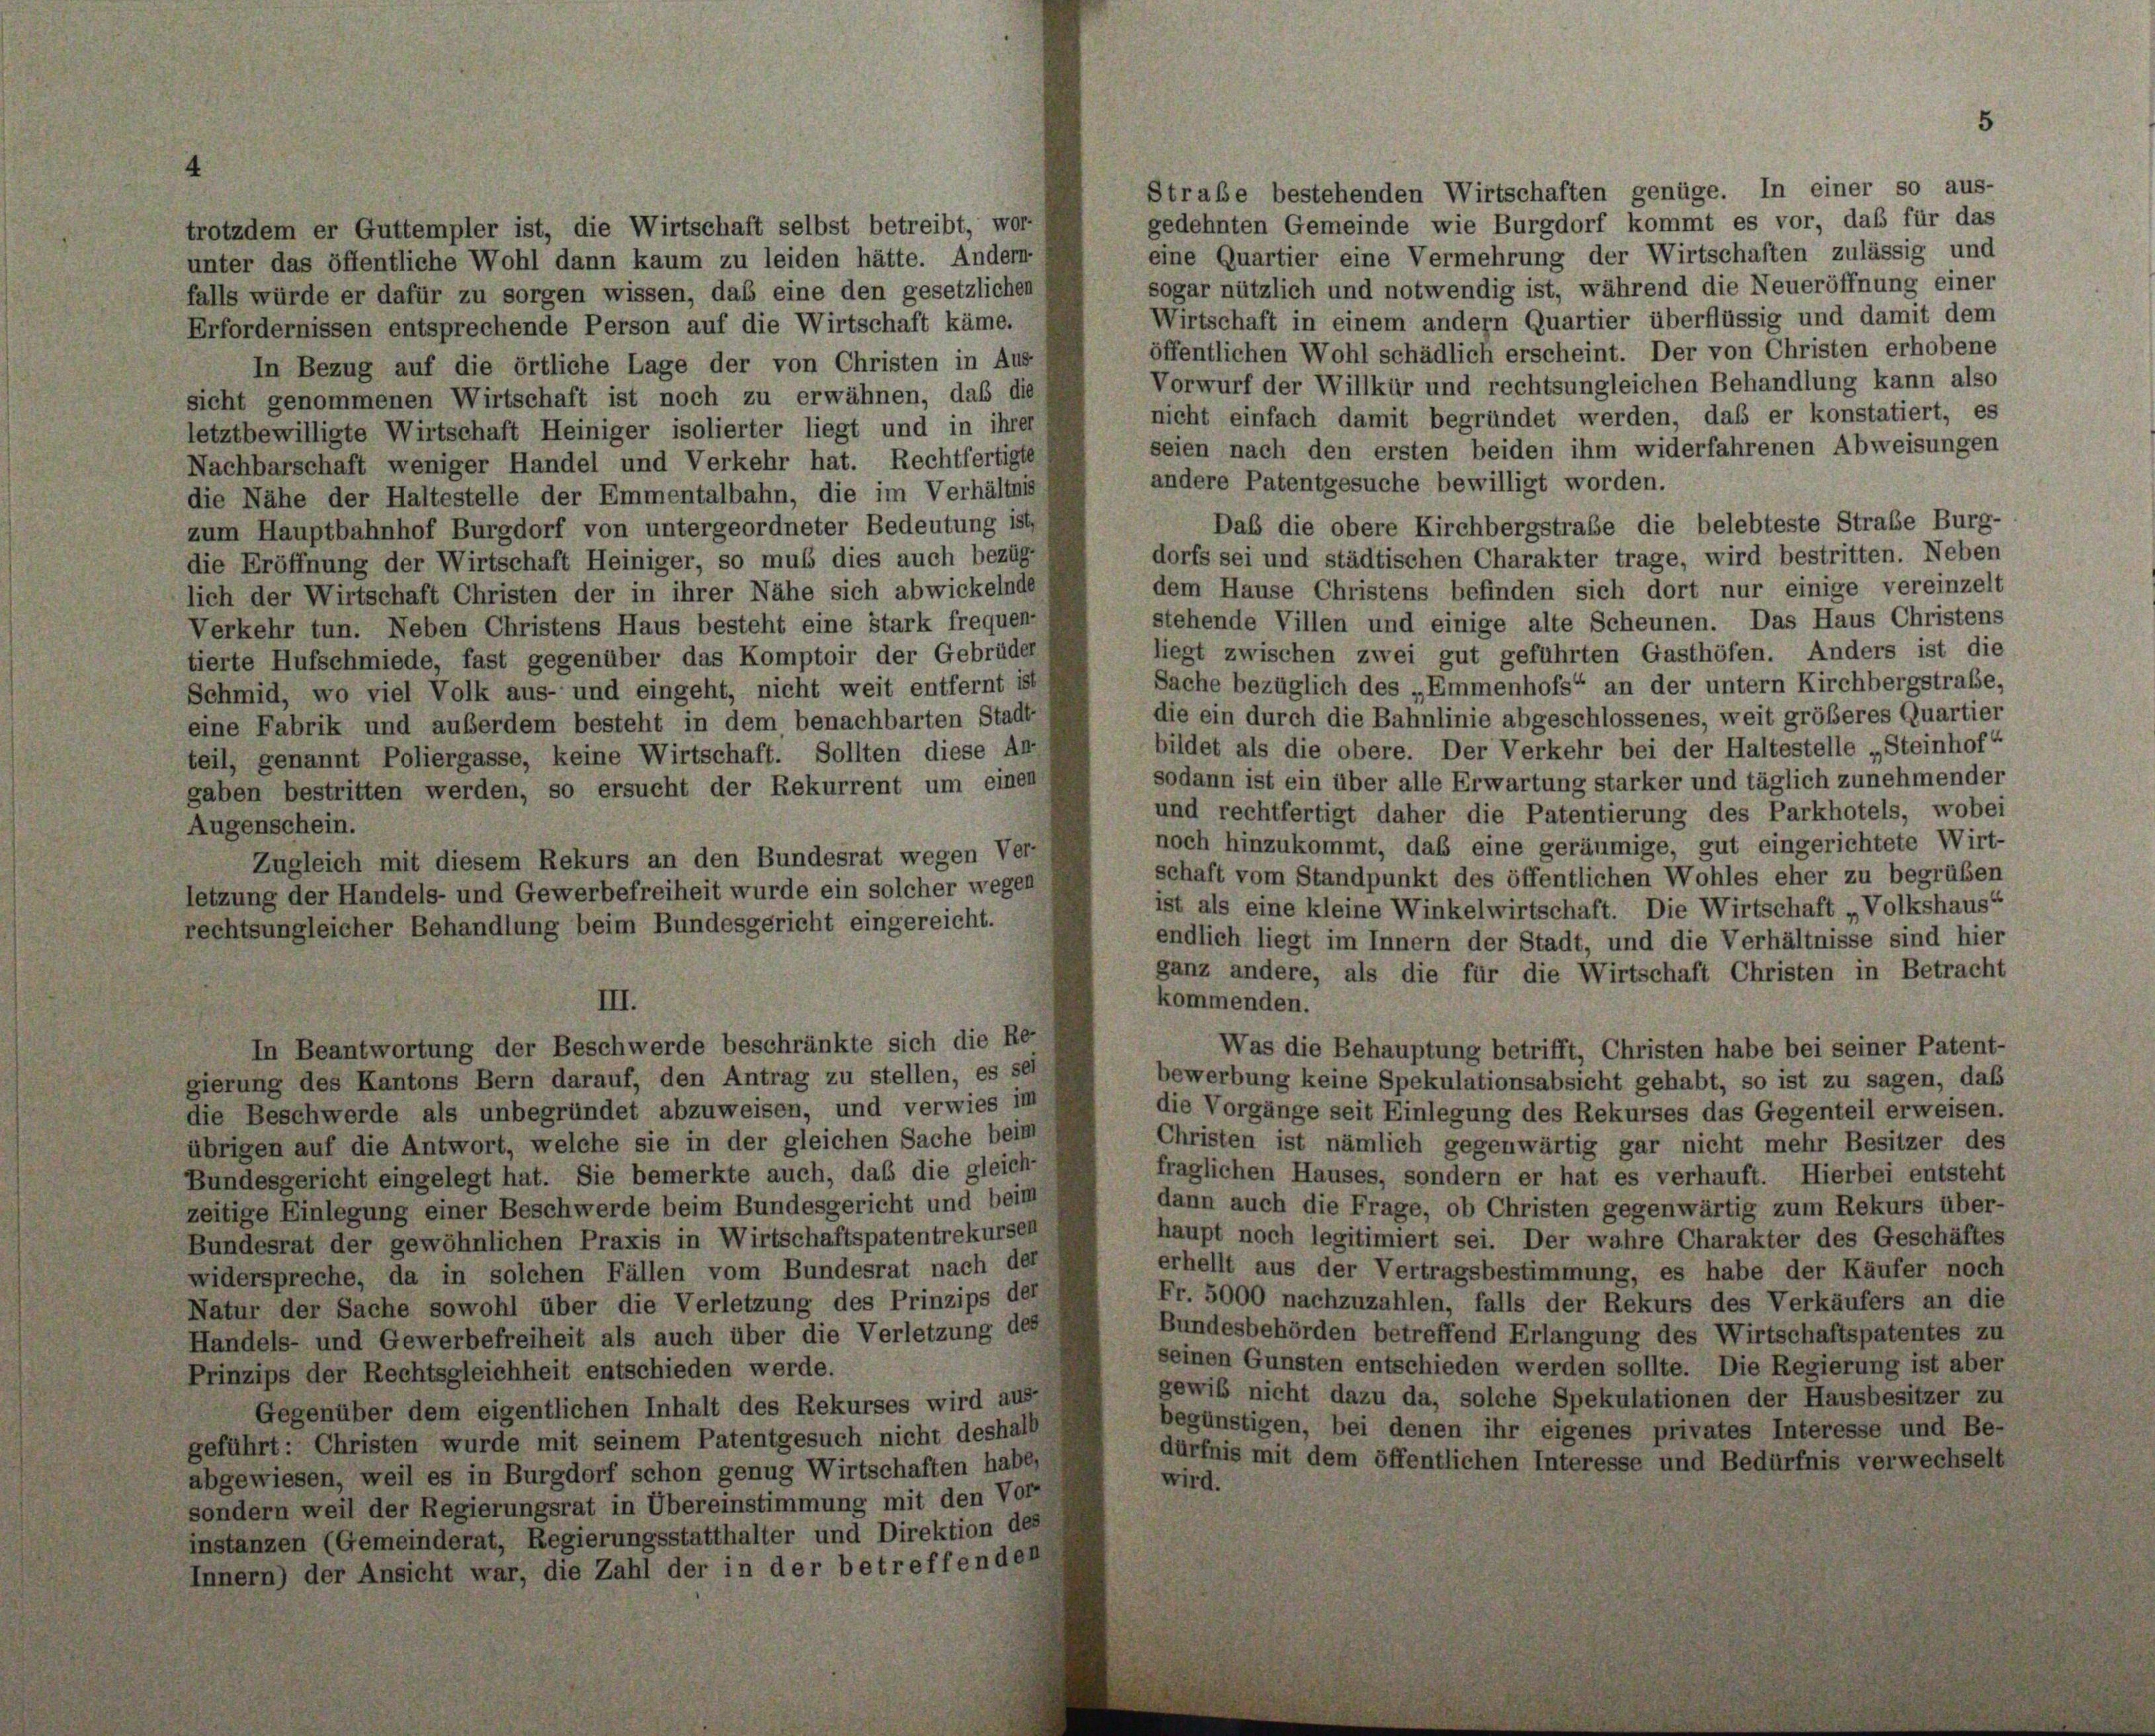
Straße bestehenden Wirtschaften genüge. In einer so aus-
gedehnten Gemeinde wie Burgdorf kommt es vor, daß für das
trotzdem er Guttempler ist, die Wirtschaft selbst betreibt, wor-
eine Quartier eine Vermehrung der Wirtschaften zulässig und
unter das öffentliche Wohl dann kaum zu leiden hätte. Andern
sogar nützlich und notwendig ist, während die Neueröffnung einer
falls würde er dafür zu sorgen wissen, das eine den gesetzlichen
Wirtschaft in einem andern Quartier überflüssig und damit dem
Erfordernissen entsprechende Person auf die Wirtschaft käme.
öffentlichen Wohl schädlich erscheint. Der von Christen erhobene
In Bezug auf die örtliche Lage der von Christen in Aus-
Vorwurf der Willkür und rechtsungleichen Behandlung kann also
sicht genommenen Wirtschaft ist noch zu erwähnen, daß die
nicht einfach damit begründet werden, daß er konstatiert, es
letztbewilligte Wirtschaft Heiniger isolierter liegt und in ihrer
seien nach den ersten beiden ihm widerfahrenen Abweisungen
Nachbarschaft weniger Handel und Verkehr hat. Rechtfertigte
andere Patentgesuche bewilligt worden.
die Nähe der Haltestelle der Emmentalbahn, die im Verhältnis
Daß die obere Kirchbergstraße die belebteste Straße Burg-
zum Hauptbahnhof Burgdorf von untergeordneter Bedeutung ist,
dorfs sei und städtischen Charakter trage, wird bestritten. Neben
die Eröffnung der Wirtschaft Heiniger, so muss dies auch bezüg-
dem Hause Christens befinden sich dort nur einige vereinzelt
lich der Wirtschaft Christen der in ihrer Nähe sich abwickelnde
stehende Villen und einige alte Scheunen. Das Haus Christens
Verkehr tun. Neben Christens Haus besteht eine Stark frequen-
liegt zwischen zwei gut geführten Gasthöfen. Anders ist die
tierte Hufschmiede, fast gegenüber das Komptoir der Gebrüder
Sache bezüglich des „Emmenhofs“ an der untern Kirchbergstrafe,
Schmid, wo viel Volk aus- und eingeht, nicht weit entfernt ist
die ein durch die Bahnlinie abgeschlossenes, weit größeres Quartier
eine Fabrik und außerdem besteht in dem benachbarten Stadt-
bildet als die obere. Der Verkehr bei der Haltestelle „Steinhof“
teil, genannt Poliergasse, keine Wirtschaft. Sollten diese An-
sodann ist ein über alle Erwartung starker und täglich zunehmender
gaben bestritten werden, so ersucht der Rekurrent um einen
und rechtfertigt daher die Patentierung des Parkhotels, wobei
Augenschein.
noch hinzukommt, das eine geräumige, gut eingerichtete Wirt-
Zugleich mit diesem Rekurs an den Bundesrat wegen Ver-
schaft vom Standpunkt des öffentlichen Wohles eher zu begrüben
letzung der Handels- und Gewerbefreiheit wurde ein solcher wegen
ist als eine kleine Winkelwirtschaft. Die Wirtschaft Volkshaus“
rechtsungleicher Behandlung beim Bundesgericht eingereicht.
endlich liegt im Innern der Stadt, und die Verhältnisse sind hier
ganz andere, als die für die Wirtschaft Christen in Betracht
kommenden.
III.
In Beantwortung der Beschwerde beschränkte sich die Re-
Was die Behauptung betrifft, Christen habe bei seiner Patent-
gierung des Kantons Bern darauf, den Antrag zu stellen, es sei
bewerbung keine Spekulationsabsicht gehabt, so ist zu sagen, daß
die Beschwerde als unbegründet abzuweisen, und verwies im
die Vorgänge seit Einlegung des Rekurses das Gegenteil erweisen.
Christen ist nämlich gegenwärtig gar nicht mehr Besitzer des
übrigen auf die Antwort, welche sie in der gleichen Sache beim
Bundesgericht eingelegt hat. Sie bemerkte auch, daß die gleich-
fraglichen Hauses, sondern er hat es verhauft. Hierbei entsteht
dann auch die Frage, ob Christen gegenwärtig zum Rekurs über-
zeitige Einlegung einer Beschwerde beim Bundesgericht und beim
haupt noch legitimiert sei. Der wahre Charakter des Geschäftes
Bundesrat der gewöhnlichen Praxis in Wirtschaftspatentrekursen
erhellt aus der Vertragsbestimmung, es habe der Käufer noch
widerspreche, da in solchen Fällen vom Bundesrat nach der
Fr. 5000 nachzuzahlen, falls der Rekurs des Verkäufers an die
Natur der Sache sowohl über die Verletzung des Prinzips der
Bundesbehörden betreffend Erlangung des Wirtschaftspatentes zu
Handels- und Gewerbefreiheit als auch über die Verletzung des
seinen Gunsten entschieden werden sollte. Die Regierung ist aber
Prinzips der Rechtsgleichheit entschieden werde.
gewiß nicht dazu da, solche Spekulationen der Hausbesitzer zu
Gegenüber dem eigentlichen Inhalt des Rekurses wird aus-
begünstigen, bei denen ihr eigenes privates Interesse und Be-
geführt: Christen wurde mit seinem Patentgesuch nicht deshalb
dürfnis mit dem öffentlichen Interesse und Bedürfnis verwechselt
abgewiesen, weil es in Burgdorf schon genug Wirtschaften habe,
wird.
sondern weil der Regierungsrat in Übereinstimmung mit den Vor-
instanzen (Gemeinderat, Regierungsstatthalter und Direktion des
Innern) der Ansicht war, die Zahl der in der betreffenden

5